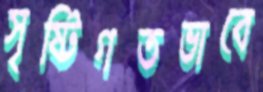
সৃষ্টিগতভাবে